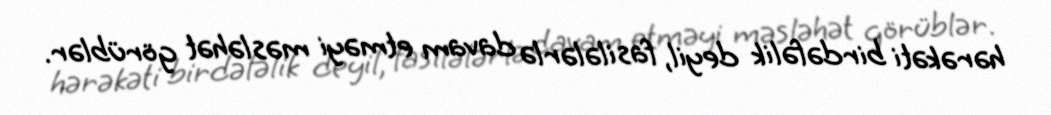
hərəkəti birdəfəlik deyil, fasilələrlə davam etməyi məsləhət görüblər.